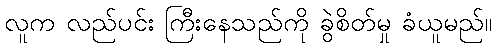
လူက လည်ပင်း ကြီးနေသည်ကို ခွဲစိတ်မှု ခံယူမည်။